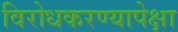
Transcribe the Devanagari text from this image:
विरोधकरण्यापेक्षा